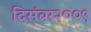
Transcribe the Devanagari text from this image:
दिसंबर२००९